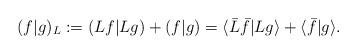
LaTeX: \begin{align*} (f|g)_{L}:=(Lf|Lg)+(f|g)=\langle \bar L\bar f|Lg\rangle +\langle\bar f|g\rangle.\end{align*}